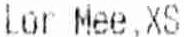
LOR MEE,XS